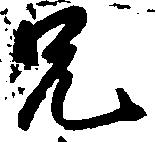
兄